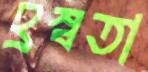
হ্রস্বতা